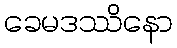
ခေမဒဿိနော